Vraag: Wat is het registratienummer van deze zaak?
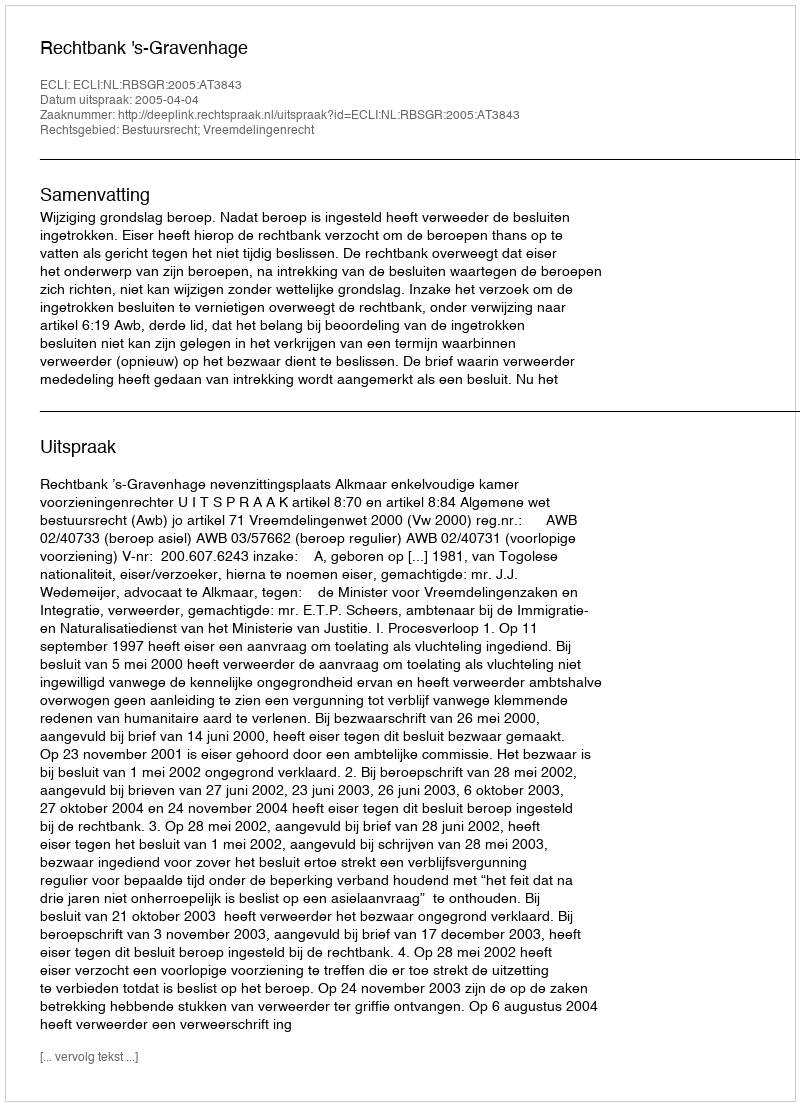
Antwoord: http://deeplink.rechtspraak.nl/uitspraak?id=ECLI:NL:RBSGR:2005:AT3843